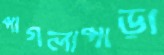
পাগলাপাড়া